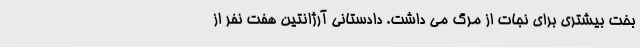
بخت بیشتری برای نجات از مرگ می داشت. دادستانی آرژانتین هفت نفر از